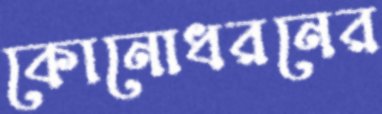
কোনোধরনের